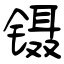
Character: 镊